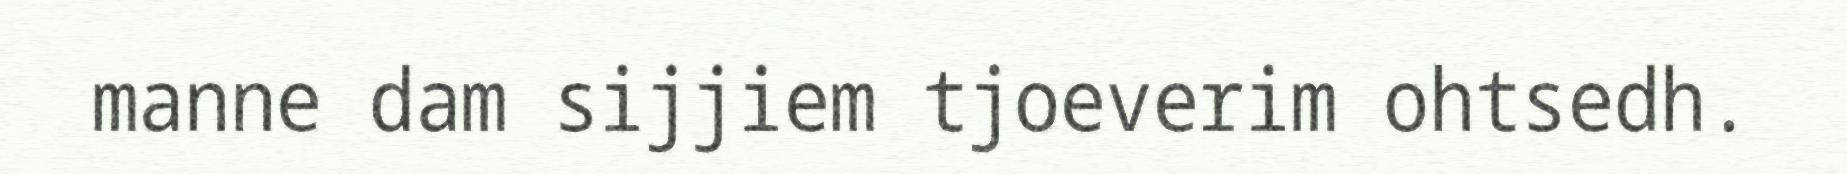
manne dam sijjiem tjoeverim ohtsedh.